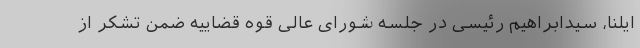
ایلنا، سیدابراهیم رئیسی در جلسه شورای عالی قوه قضاییه ضمن تشکر از